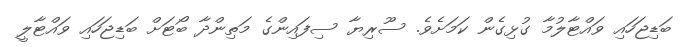
ބަޑިޖަހައި ވައްޓާލުމާ ގުޅިގެން ކަމަށެވެ. ސޫރިޔާ ސިފައިންގެ މަތިންދާ ބޯޓަށް ބަޑިޖަހައި ވައްޓާލީ